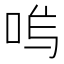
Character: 𭇩